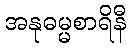
အနုဓမ္မစာရိနီ